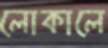
লোকালে